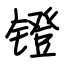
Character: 镫